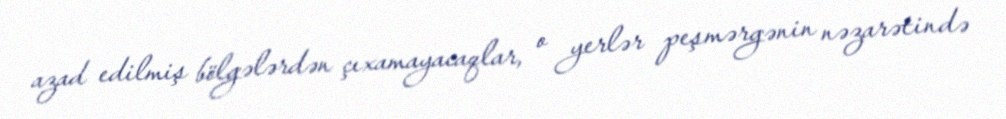
azad edilmiş bölgələrdən çıxamayacaqlar, o yerlər peşmərgənin nəzarətində